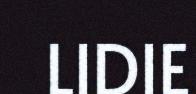
LIDIE